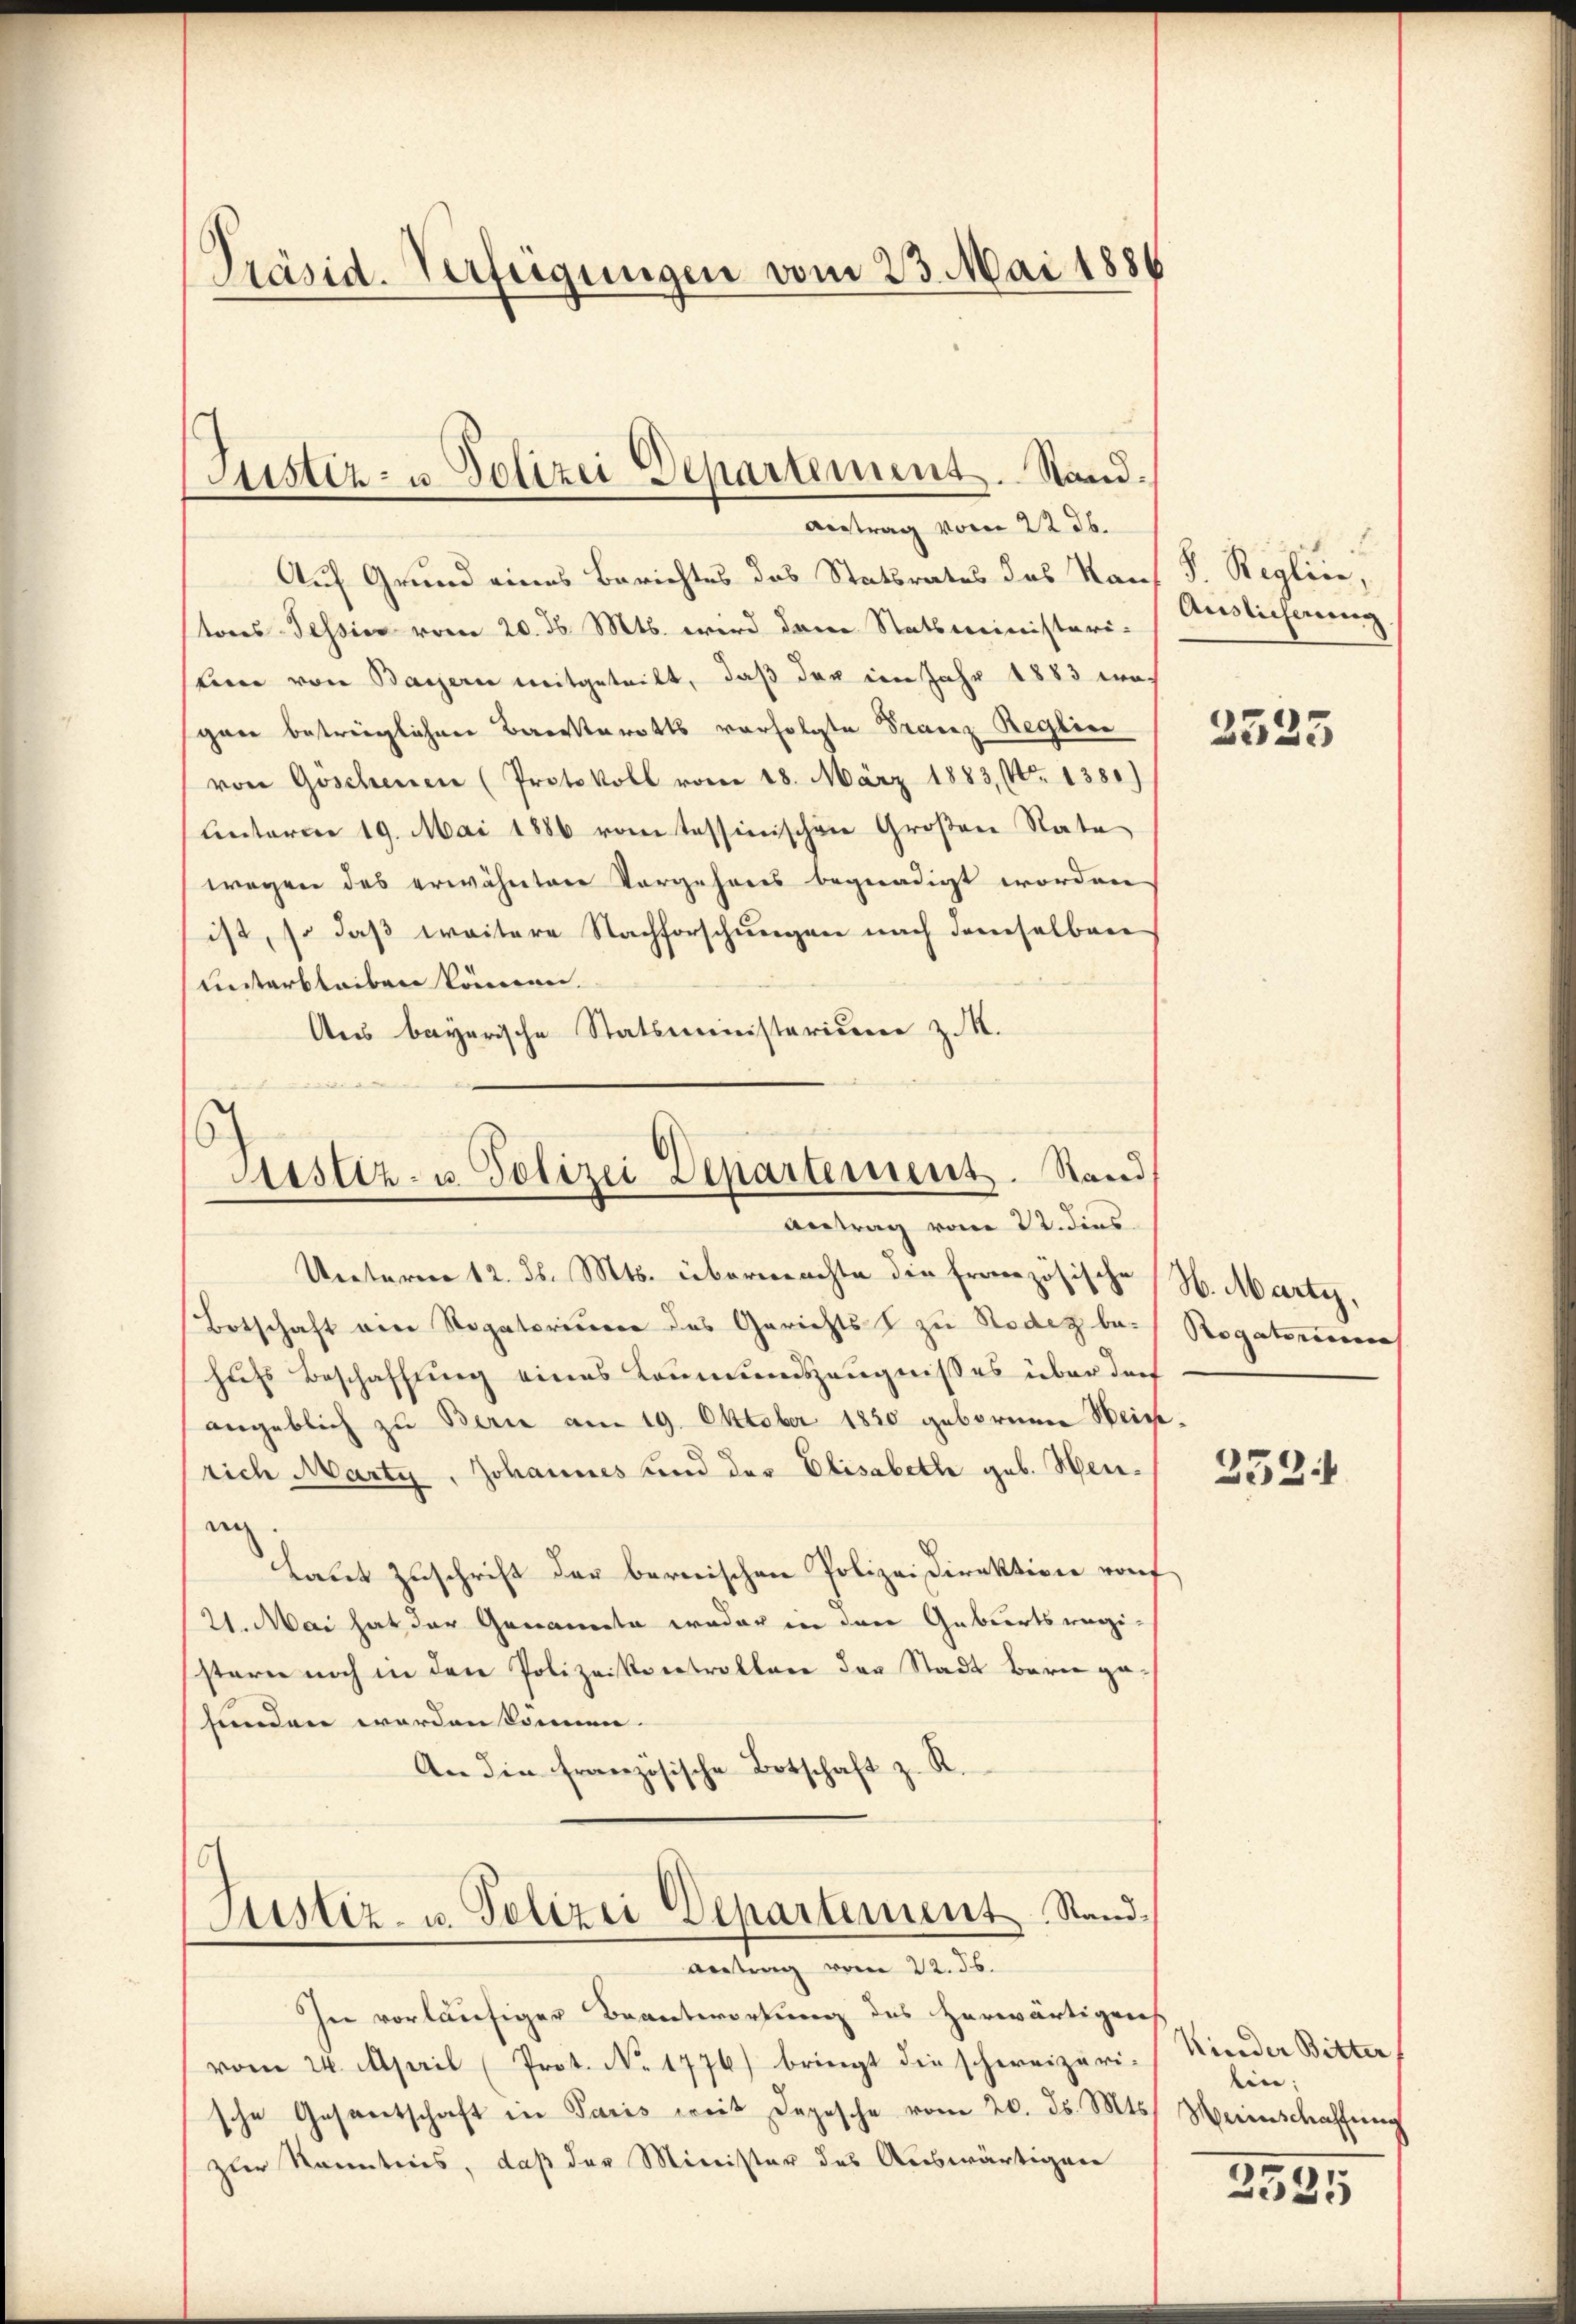
Präsid. Verfeigungen vom 23. Mai 1886

Auf Grund eines Berichtes das Statsrates des Kauf S. Reglien,
tons Tessin vom 20. d. Mts. wird dene Statsministeri-
leen von Bassern mitgeteilt, daß der im Jahr 1883 en-
gan beträglichen Barrsterotts vorfolgte Franz Reglin
von Goschenen (Protokoll vom 18. März 1883, No 1380)
Unterm 19. Mai 1886 vom Tessinischen Großen Rate
wegen des erwähntere Vorgehrens begnadigt worden
ist, so daß weitere Nachforschungen nach demselben
unterbleiben können.
Ans bayerische Statsministerieren z. M.

Justiz- u. Polizei Departement. Stand¬
Antrag vom 22. ds.

In vorläufiger Beantwortung des herwärtigen
vom 24. April (Prot. No. 1776) bringt die schweizeri-Nieder Bitter
sche Gesandtschaft in Paris weit Depesche vom 20. ds. Mts. Meinschaffung
zur Kenntnis, daß der Minister des Auswärtigen

Unterm 12. d. Mts. übermachte die Französische H. Marty,
Botschaft ein Rogatoriserer des Gerichts zu Rodez be- Rogatorisch
hufs Beschaffung eines Leumundszeugnisses über dor
angeblich zu Berne am 19. Oktober 1850 geborene Weisrich Marty, Johannes und der Elisabethe geb. Heuin
Laut Zuschrift der bernischen Polizeidirektion rof
21. Mai hat der Genannte weder in den Gebiertsregistern noch in den Polizeikontrollen der Stadt Bern gehunden worden können.
An die französische Botschaft z. R.
s
Justiz- u. Polizei Departement Sand¬

s
Sistiz- u. Polizei Departement. Stand
Antrag vom 22. dies

Antrag vom 22. ds.

Auslicherung

2525

252

tin;

2335